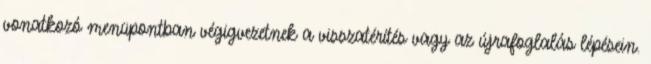
vonatkozó menüpontban végigvezetnek a visszatérítés vagy az újrafoglalás lépésein.